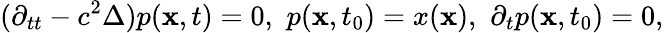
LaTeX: (\partial_{tt}-c^{2}\Delta)p(\mathbf{x},t)=0,\, \, p(\mathbf{x},t_{0})=x(\mathbf{x}),\, \, \partial_{t}p(\mathbf{x},t_{0})=0,